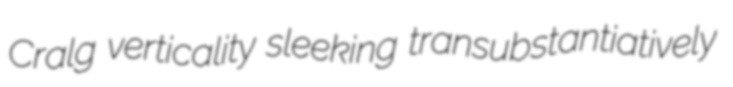
Cralg verticality sleeking transubstantiatively